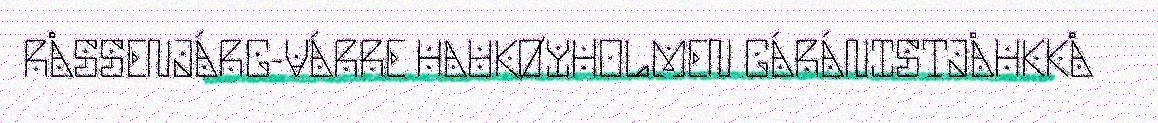
RÅSSENJÁRG-VÁRRE HAUKØYHOLMEN GÁRÁNISTJÅHKKÅ